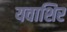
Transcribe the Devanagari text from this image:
यवाशिर